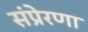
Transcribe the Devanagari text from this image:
संप्रेरणा